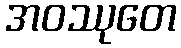
အဝဿုတေ